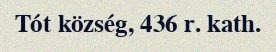
Tót község, 436 r. kath.